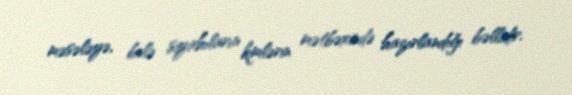
məsələyə, belə siyahıların kimlərin mətbəxində hazırlandığı bəllidir.